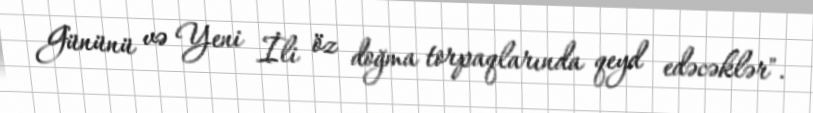
Gününü və Yeni İli öz doğma torpaqlarında qeyd edəcəklər".